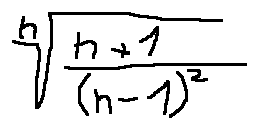
\sqrt [ n ] { \frac { n + 1 } { ( n - 1 ) ^ { 2 } } }